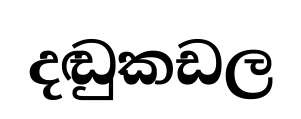
දඬුකඩල